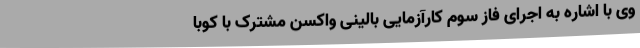
وی با اشاره به اجرای فاز سوم کارآزمایی بالینی واکسن مشترک با کوبا